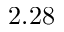
2 . 2 8